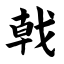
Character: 戟